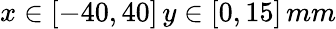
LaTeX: x\in[-40,40]\, y\in[0,15]\, mm